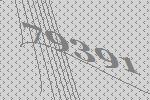
79391